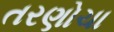
તરણોચા